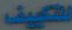
للتكييف